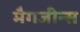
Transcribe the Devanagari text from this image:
मैगजीन्स